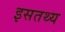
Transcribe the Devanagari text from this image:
इसतथ्य